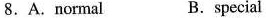
8.A.Normal B.special